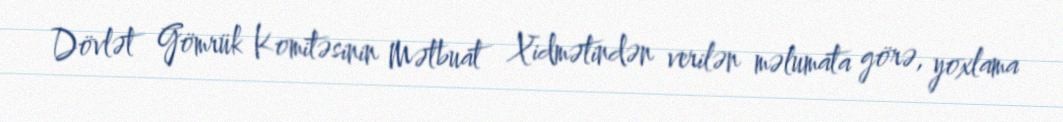
Dövlət Gömrük Komitəsinin Mətbuat Xidmətindən verilən məlumata görə, yoxlama